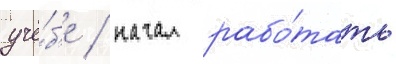
учё́б'е / начал рабо́тать